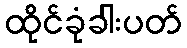
ထိုင်ခုံခါးပတ်